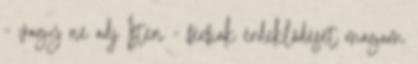
- vagy ne adj Isten - férfiak érdeklődését magam